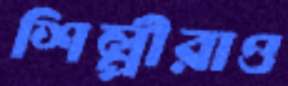
শিল্পীরাও